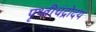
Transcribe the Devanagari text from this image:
पृथ्वीचंद्रोदय